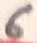
Text: 6